NAE_ERA_R-2632_ENSV_TA_Emakeele_Selts_1945-1955, lk 129
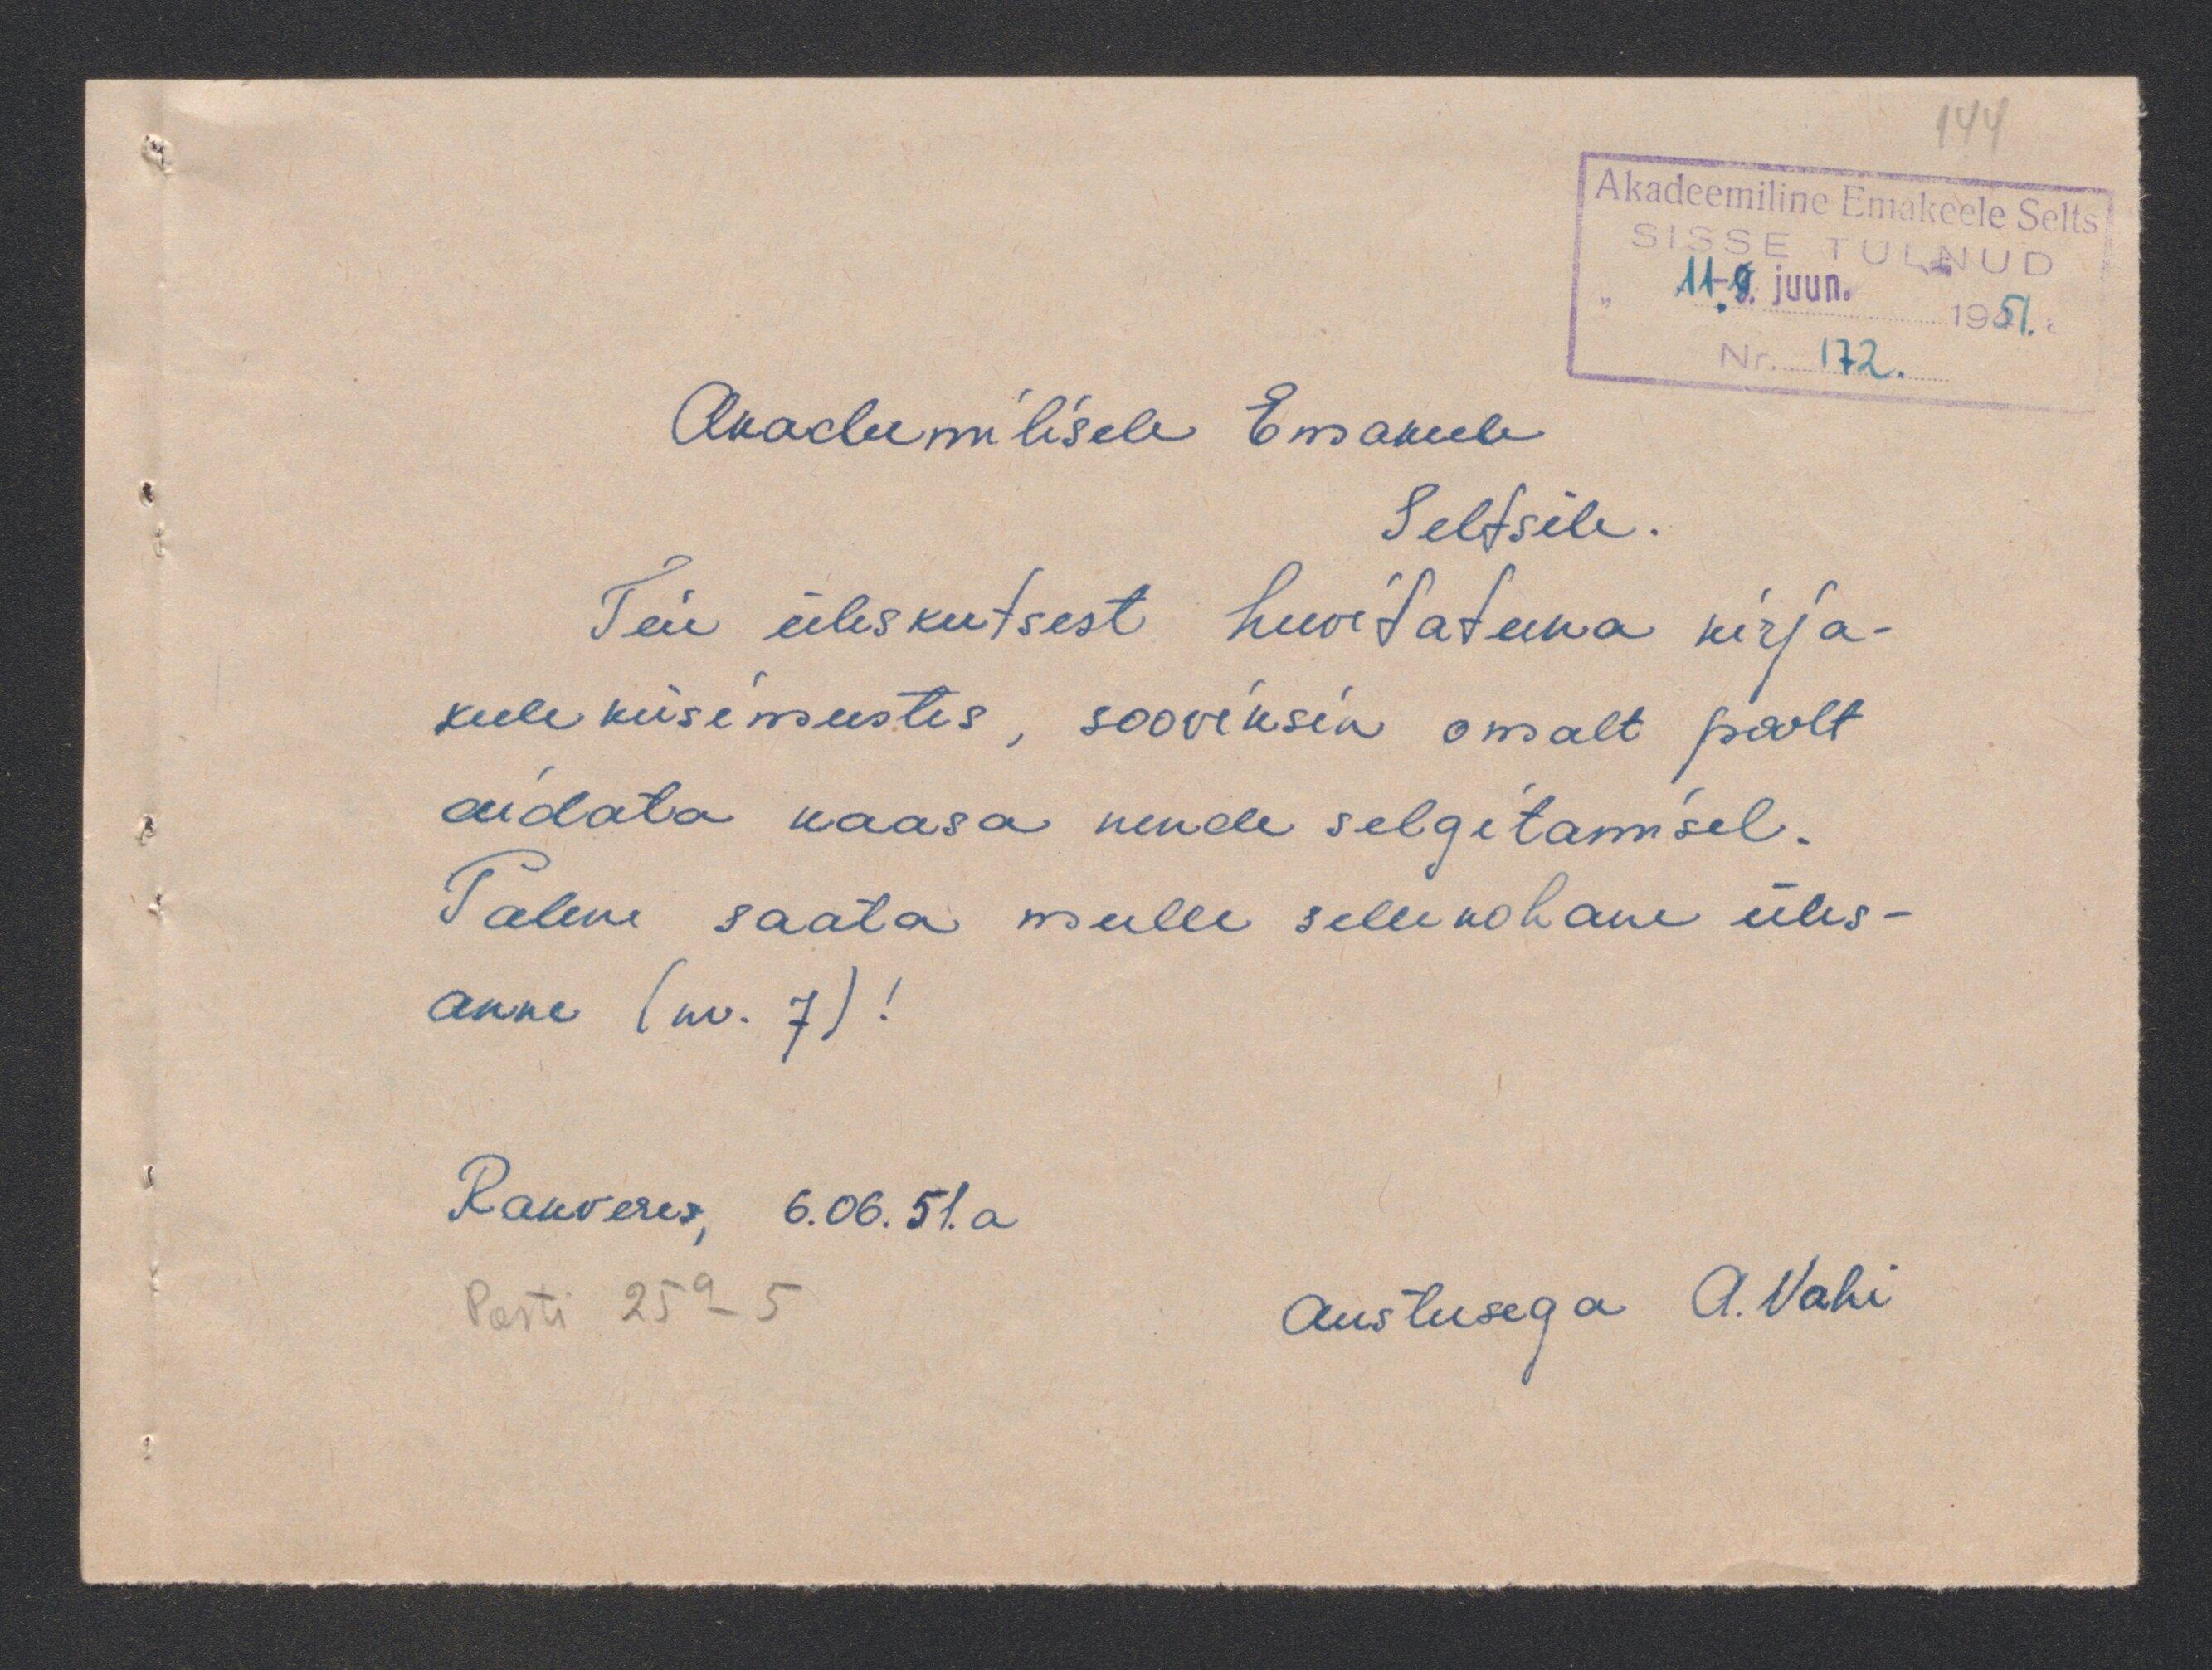
Akadeemilisele Emakeele
Seltsile.
Teie üleskutsest huvitatuna kirja-
keele küsimustes, sooviksin omalt poolt
aidata kaasa nende selgitamisel.
Palve saata mulle sellekohane üles-
anne (nr. 7)!
Rakveres, 6.06.51.a
Austusega A. Vahi
Posti 25a-5